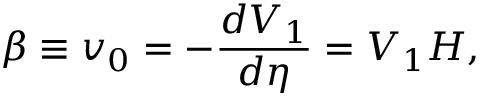
\beta \equiv v _ { 0 } = - \frac { d V _ { 1 } } { d \eta } = V _ { 1 } H ,